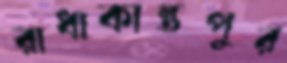
রাধাকান্তপুর